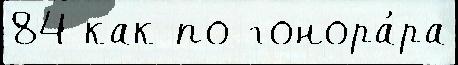
84 как по гонора́ра